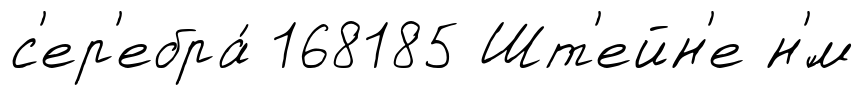
с'ер'ебра́ 168185 Шт'ейн'е н'́м